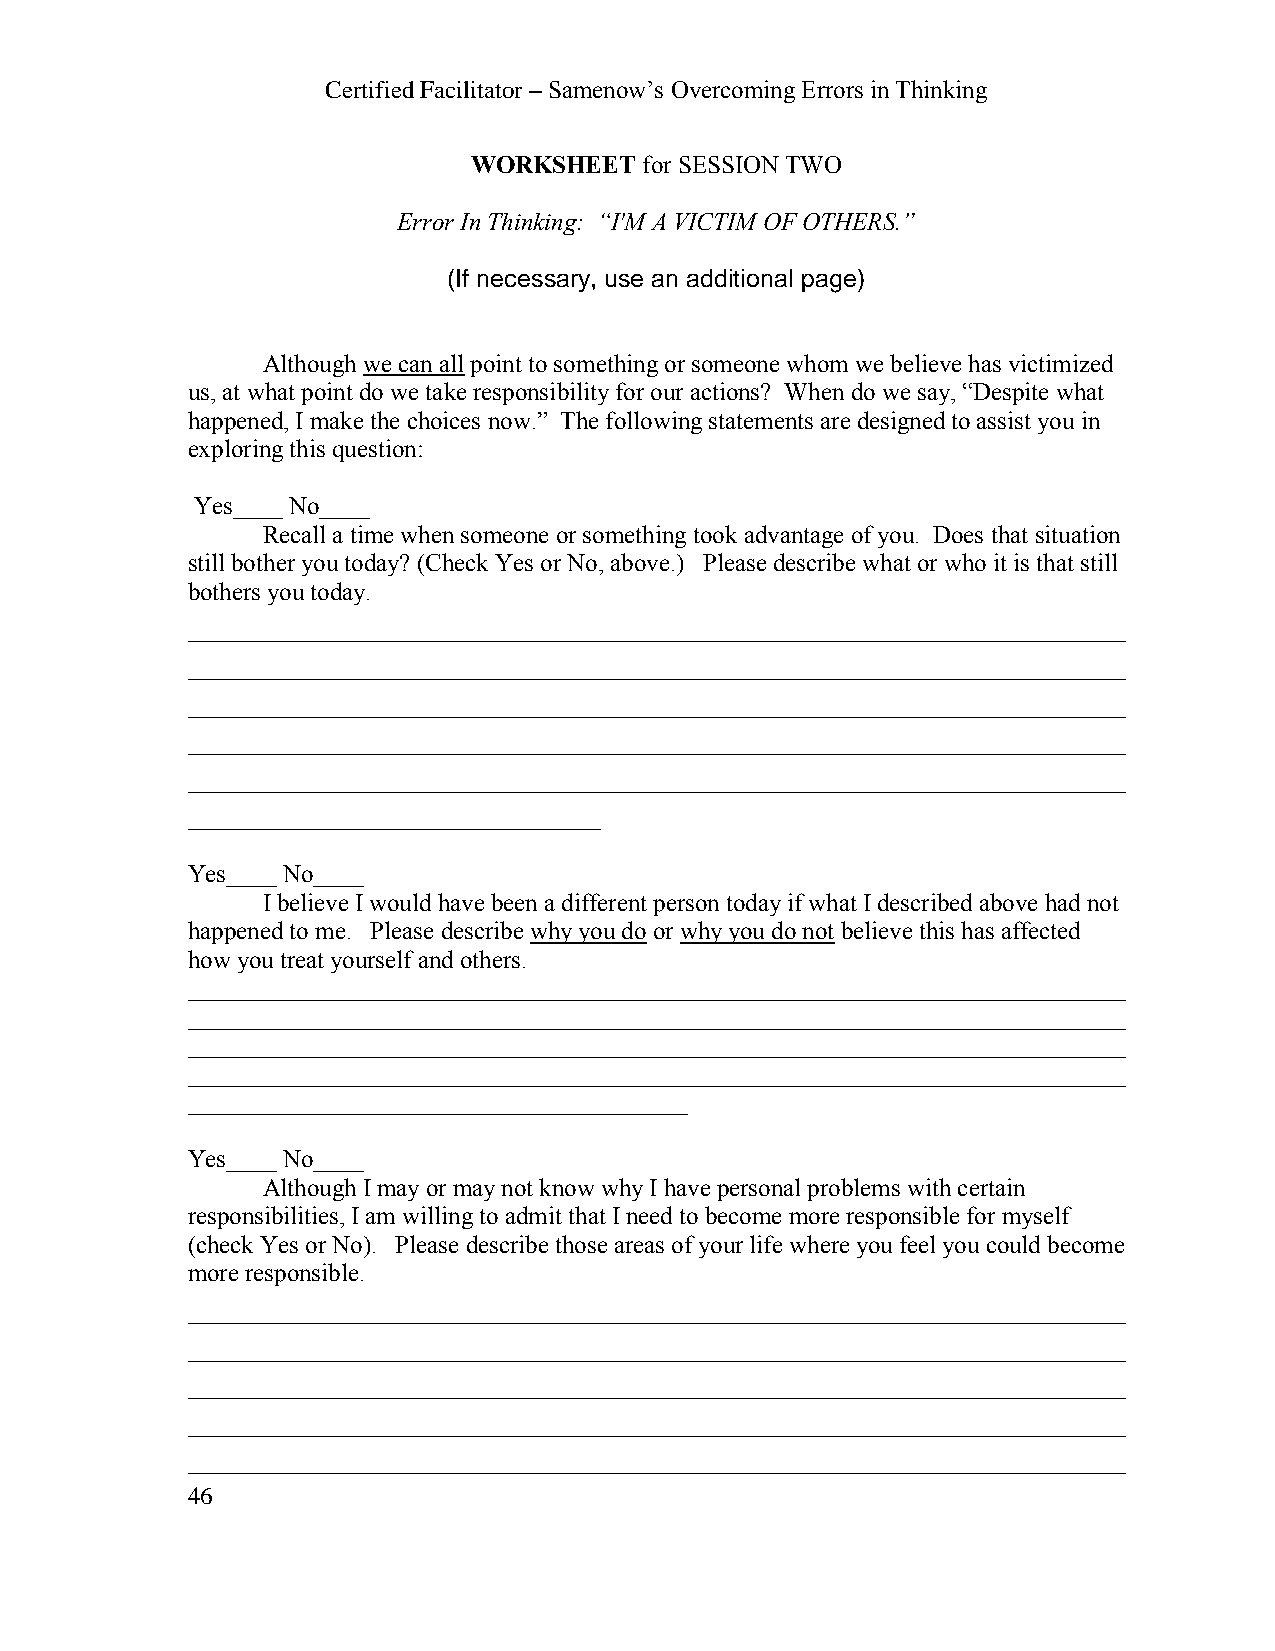
Certified Facilitator – Samenow’s Overcoming Errors in Thinking
 WORKSHEET   for SESSION TWO
 Error In Thinking: “I'M A VICTIM OF OTHERS.”
 (If necessary, use an additional page)
 Although we can all point to something or someone whom we believe has victimized
 us, at what point do we take responsibility for our actions? When do we say, “Despite what
 happened, I make the choices now.” The following statements are designed to assist you in
 exploring this question:
 Yes____ No____
 Recall a time when someone or something took advantage of you. Does that situation
 still bother you today? (Check Yes or No, above.) Please describe what or who it is that still
 bothers you today.
 ___________________________________________________________________________
 ___________________________________________________________________________
 ___________________________________________________________________________
 ___________________________________________________________________________
 ___________________________________________________________________________
 _________________________________
 Yes____ No____
 I believe I would have been a different person today if what I described above had not
 happened to me. Please describe why you do or why you do not believe this has affected
 how you treat yourself and others.
 ___________________________________________________________________________
 ___________________________________________________________________________
 ___________________________________________________________________________
 ___________________________________________________________________________
 ________________________________________
 Yes____ No____
 Although I may or may not know why I have personal problems with certain
 responsibilities, I am willing to admit that I need to become more responsible for myself
 (check Yes or No). Please describe those areas of your life where you feel you could become
 more responsible.
 ___________________________________________________________________________
 ___________________________________________________________________________
 ___________________________________________________________________________
 ___________________________________________________________________________
 ___________________________________________________________________________
 46